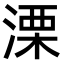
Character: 溧